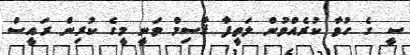
ސީ ގެ ހުވާ ކުރެއްވުން ލަތީފާ ޤާސިމް ވަނީ މީގެ ކުރިން ރައީސް